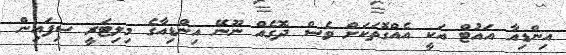
އިންޑިއާ އައުޓް އަކީ އެއްގޮތަކަށް ވެސް ދޮގެއް ނޫނޭ އިންޑިއާގެ މިލިޓަރީ ސިފައިން